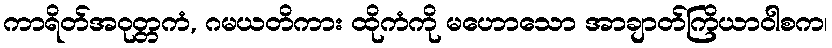
ကာရိတ်အဝုတ္တကံ, ဂမယတိကား ထိုကံကို မဟောသော အာချာတ်ကြိယာဝါစက၊